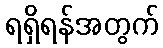
ရရှိရန်အတွက်